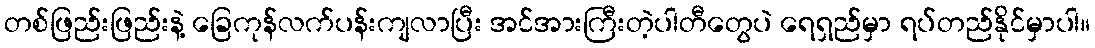
တစ်ဖြည်းဖြည်းနဲ့ ခြေကုန်လက်ပန်းကျလာပြီး အင်အားကြီးတဲ့ပါတီတွေပဲ ရေရှည်မှာ ရပ်တည်နိုင်မှာပါ။